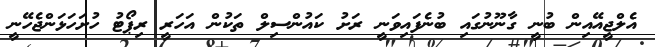
އެލްޖީއޭއިން ބުނީ ގާނޫނުގައި ބުނެފައިވަނީ ރަށު ކައުންސިލް ތަކުން އަހަރީ ރިޕޯޓު ހުށަހަޅަންޖެހޭނީ